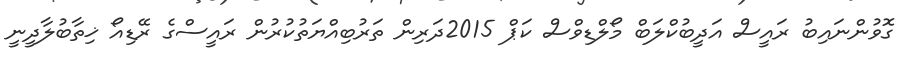
ގޮވުންނައިބު ރައީސް އަދީބުކްލަބް މޯލްޑިވްސް ކަޕް 2015ދަރިން ތަރުބިއްޔަތުކުރުން ރައީސްގެ ރޭޑިއޯ ޚިތާބުލާދީނީ